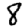
Digit: 8